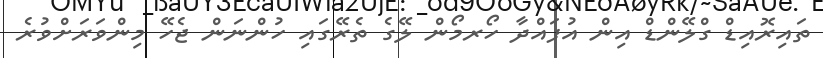
ތައިރޮއިޑް ގްލޭންޑް އިން އުފައްދާ ހޯރމޯން ލޭގެ ތެރޭގައި ހުންނަން ޖެހޭ މިންވަރަށްވުރެ